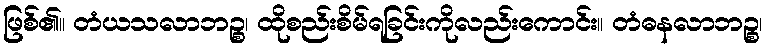
ဖြစ်၏။ တံယသလာဘဉ္စ၊ ထိုစည်းစိမ်ရခြင်းကိုလည်းကောင်း။ တံဓနလာဘဉ္စ၊